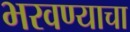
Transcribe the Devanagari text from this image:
भरवण्याचा